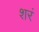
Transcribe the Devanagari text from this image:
शरं